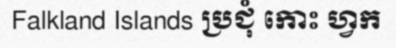
Falkland Islands ប្រជុំ កោះ ហ្វក